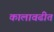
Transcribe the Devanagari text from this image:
कालावढीत